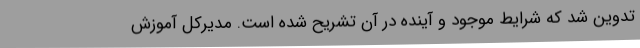
تدوین شد که شرایط موجود و آینده در آن تشریح شده است. مدیرکل آموزش